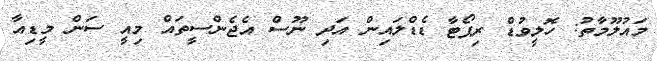
މައުލޫމާތު: ހޮލީވުޑް ރިޕޯޓާ ޑެޑްލައިން އަދި ނޫސް އެޖެންސީތައް މިއީ ސަން މީޑިއާ